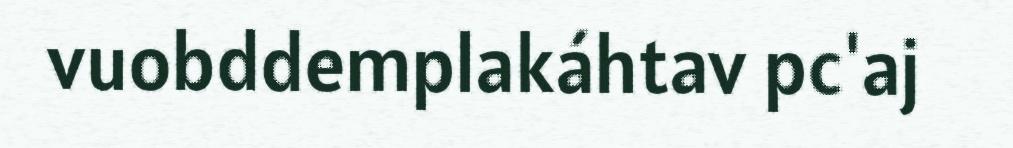
vuobddemplakáhtav pc'aj